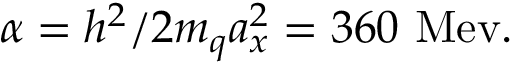
\alpha = h ^ { 2 } / 2 m _ { q } a _ { x } ^ { 2 } = 3 6 0 \mathrm { ~ M e v . }